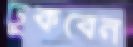
ঢুকবেন